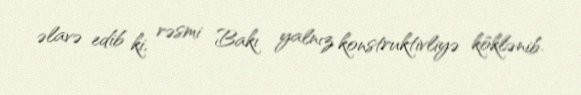
əlavə edib ki, rəsmi Bakı yalnız konstruktivliyə köklənib.